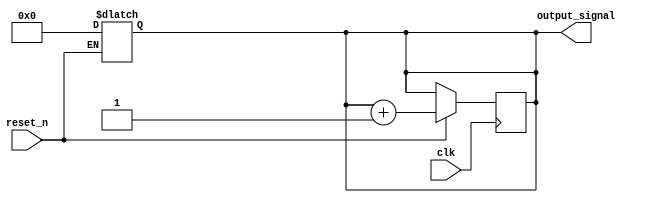
module async_reset_example (
    input wire clk,        // Clock signal
    input wire reset_n,    // Active-low asynchronous reset
    output reg [7:0] output_signal // Example output signal (8-bit wide)
);

// Define the reset value
localparam RESET_VALUE = 8'h00; // Predefined reset value

// Asynchronous reset behavior
always @* begin
    if (!reset_n) begin
        // When reset_n is low, set output_signal to reset value
        output_signal = RESET_VALUE;
    end
end

// Synchronous behavior on clock edge
always @(posedge clk) begin
    if (reset_n) begin
        // Normal operation logic when reset_n is high
        // Here you can define your state transition or output update logic
        // For example, incrementing the output_signal
        output_signal <= output_signal + 1'b1; // Example operation
    end
end

endmodule